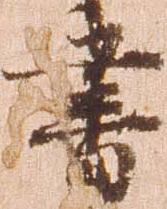
書